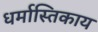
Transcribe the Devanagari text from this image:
धर्मास्तिकाय